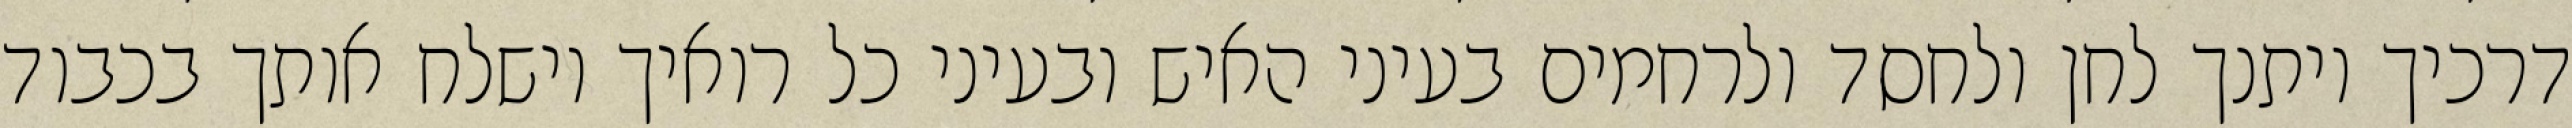
דרכיך ויתנך לחן ולחסד ולרחמים בעיני האיש ובעיני כל רואיך וישלח אותך בכבוד